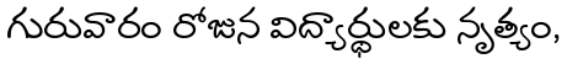
గురువారం రోజున విద్యార్థులకు నృత్యం,